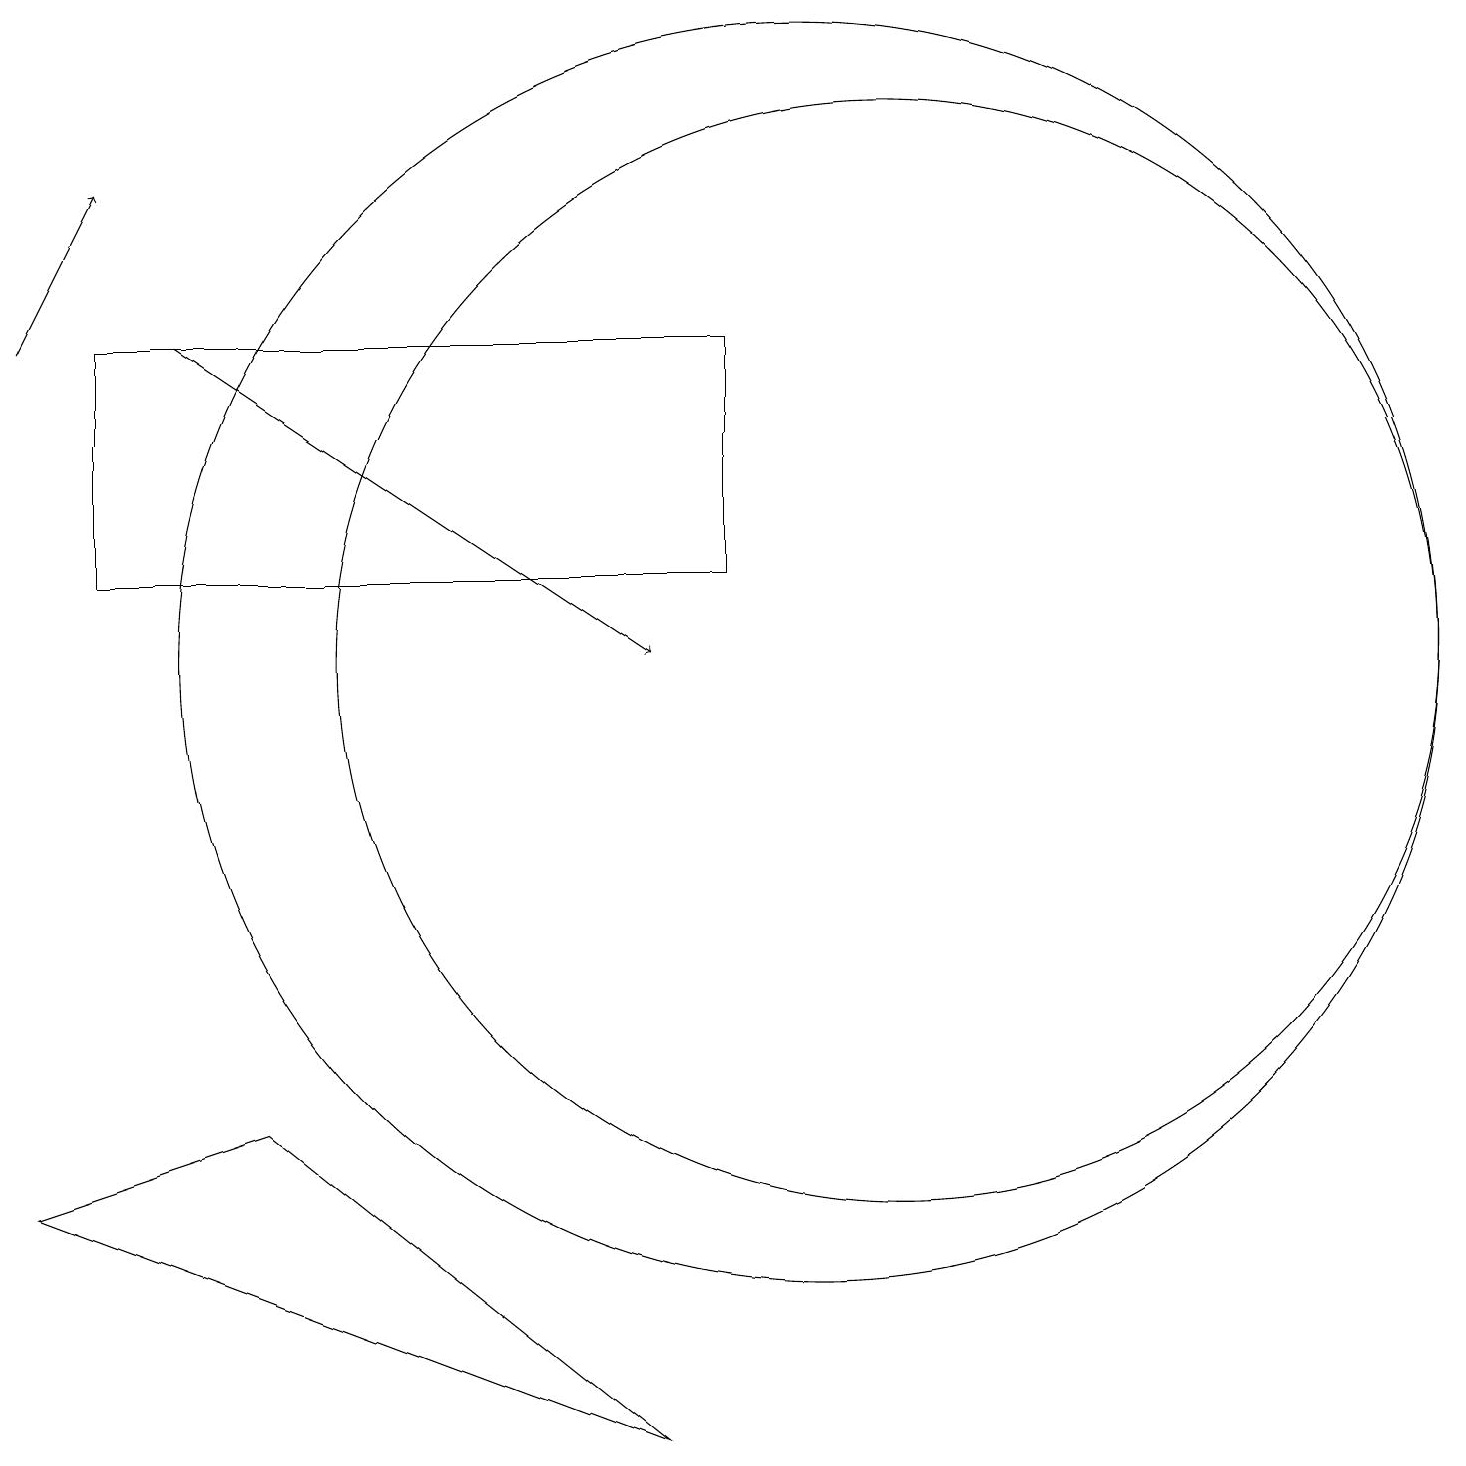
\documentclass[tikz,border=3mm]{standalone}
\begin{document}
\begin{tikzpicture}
\draw (10,10) circle (8);
\draw (1,14) rectangle (9,11);
\draw (11,10) circle (7);
\draw (0,3) -- (3,4) -- (8,0) -- cycle;
\draw[->] (2,14) -- (8,10);
\draw[->] (0,14) -- (1,16);
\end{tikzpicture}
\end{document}